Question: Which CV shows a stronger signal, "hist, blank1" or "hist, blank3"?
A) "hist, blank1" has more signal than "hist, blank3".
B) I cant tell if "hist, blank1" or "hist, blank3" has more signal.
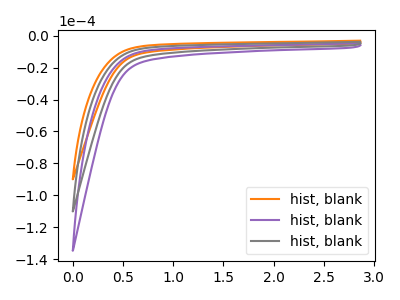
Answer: <think>The orange curve "hist, blank1" has no peaks. The purple curve "hist, blank2" has no peaks. The gray curve "hist, blank3" has no peaks.
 Neither "hist, blank1" or "hist, blank3" have any peaks.</think>
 <answer>B) I cant tell if "hist, blank1" or "hist, blank3" has more signal.</answer>
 <eval>B</eval>